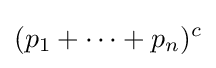
(p_{1}+\cdots +p_{n})^{c}